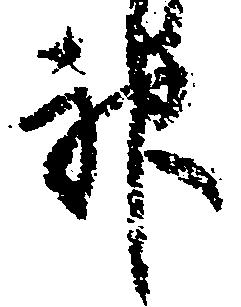
神